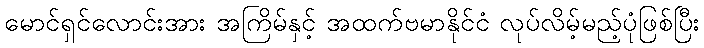
မောင်ရှင်လောင်းအား အကြိမ်နှင့် အထက်ဗမာနိုင်ငံ လုပ်လိမ့်မည့်ပုံဖြစ်ပြီး